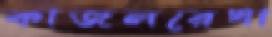
কাজলরেখা